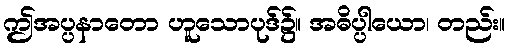
ဤအပ္ပနာတော ဟူသောပုဒ်၌။ အဓိပ္ပါယော၊ တည်း။